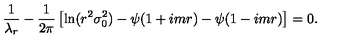
\frac { 1 } { \lambda _ { r } } - \frac { 1 } { 2 \pi } \left[ \ln ( r ^ { 2 } \sigma _ { 0 } ^ { 2 } ) - \psi ( 1 + i m r ) - \psi ( 1 - i m r ) \right] = 0 .